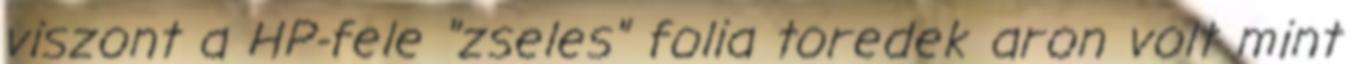
viszont a HP-fele "zseles" folia toredek aron volt mint